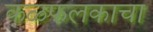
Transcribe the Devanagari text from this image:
कळफलकाचा